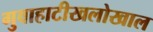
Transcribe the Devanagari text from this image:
गुवाहाटीखलोखाल